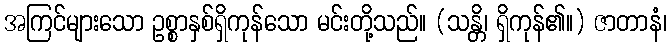
အကြင်များသော ဥစ္စာနှစ်ရှိကုန်သော မင်းတို့သည်။ (သန္တိ၊ ရှိကုန်၏။) ဇာတာနံ၊